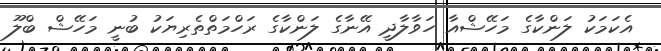
އެކަމަކު ލަންކާގެ މަހޭޝްއާ ހަވާލާދީ އޭނާގެ ލަންކާގެ ރަހްމަތްތެރިޔަކު ބުނީ މަހޭޝް ބްލޫ